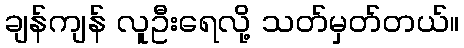
ချန်ကျန် လူဦးရေလို့ သတ်မှတ်တယ်။